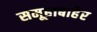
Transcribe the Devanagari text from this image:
समूहाबाहेर